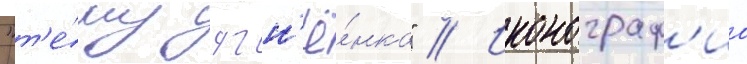
"т'е́му ягн'ё́нка" // Иконограф'иа